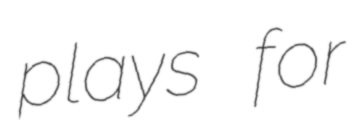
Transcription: plays for